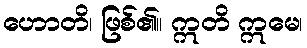
ဟောတိ၊ ဖြစ်၏။ ဣတိ ဣမေ၊